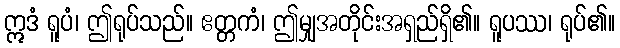
ဣဒံ ရူပံ၊ ဤရုပ်သည်။ ဧတ္တကံ၊ ဤမျှအတိုင်းအရှည်ရှိ၏။ ရူပဿ၊ ရုပ်၏။